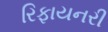
રિફાયનરી